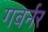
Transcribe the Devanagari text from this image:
गवर्नर